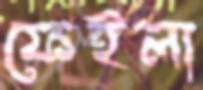
ফেইলা